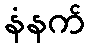
နံနက်